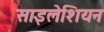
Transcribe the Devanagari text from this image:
साइलेशियन